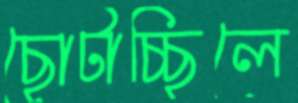
ছোটাচ্ছিলে